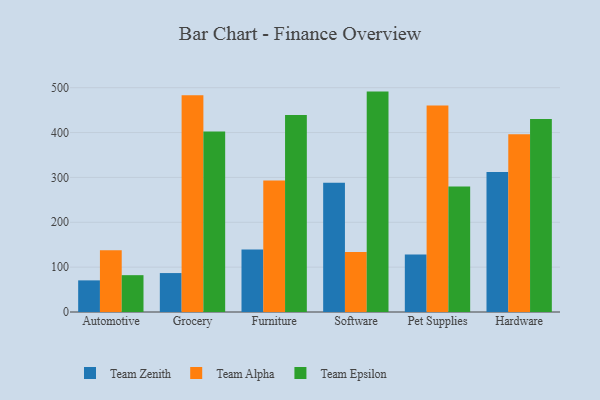
{"axis": {"x": "Category", "y": "Net Income (USD K)"}, "legend": ["Team Alpha", "Team Epsilon", "Team Zenith"], "data": [{"x": "Automotive", "y": 70.5, "type": "Team Zenith"}, {"x": "Automotive", "y": 137.7, "type": "Team Alpha"}, {"x": "Automotive", "y": 82.1, "type": "Team Epsilon"}, {"x": "Grocery", "y": 86.8, "type": "Team Zenith"}, {"x": "Grocery", "y": 483.2, "type": "Team Alpha"}, {"x": "Grocery", "y": 402.1, "type": "Team Epsilon"}, {"x": "Furniture", "y": 139.3, "type": "Team Zenith"}, {"x": "Furniture", "y": 292.9, "type": "Team Alpha"}, {"x": "Furniture", "y": 438.9, "type": "Team Epsilon"}, {"x": "Software", "y": 288.1, "type": "Team Zenith"}, {"x": "Software", "y": 133.7, "type": "Team Alpha"}, {"x": "Software", "y": 491.3, "type": "Team Epsilon"}, {"x": "Pet Supplies", "y": 127.9, "type": "Team Zenith"}, {"x": "Pet Supplies", "y": 460.5, "type": "Team Alpha"}, {"x": "Pet Supplies", "y": 279.9, "type": "Team Epsilon"}, {"x": "Hardware", "y": 312.1, "type": "Team Zenith"}, {"x": "Hardware", "y": 396.5, "type": "Team Alpha"}, {"x": "Hardware", "y": 430.1, "type": "Team Epsilon"}]}